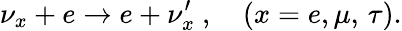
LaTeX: \nu_{x}+e\to e+\nu_{x}^{\prime}\ ,\quad(x=e,\mu,\, \tau).